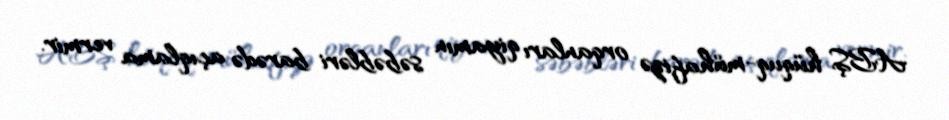
ABŞ hüquq-mühafizə orqanları qiyamın səbəbləri barədə açıqlama vermir.